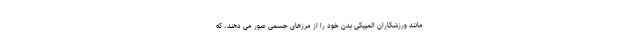
مانند ورزشکاران المپیکی بدن خود را از مرزهای جسمی عبور می دهند، که